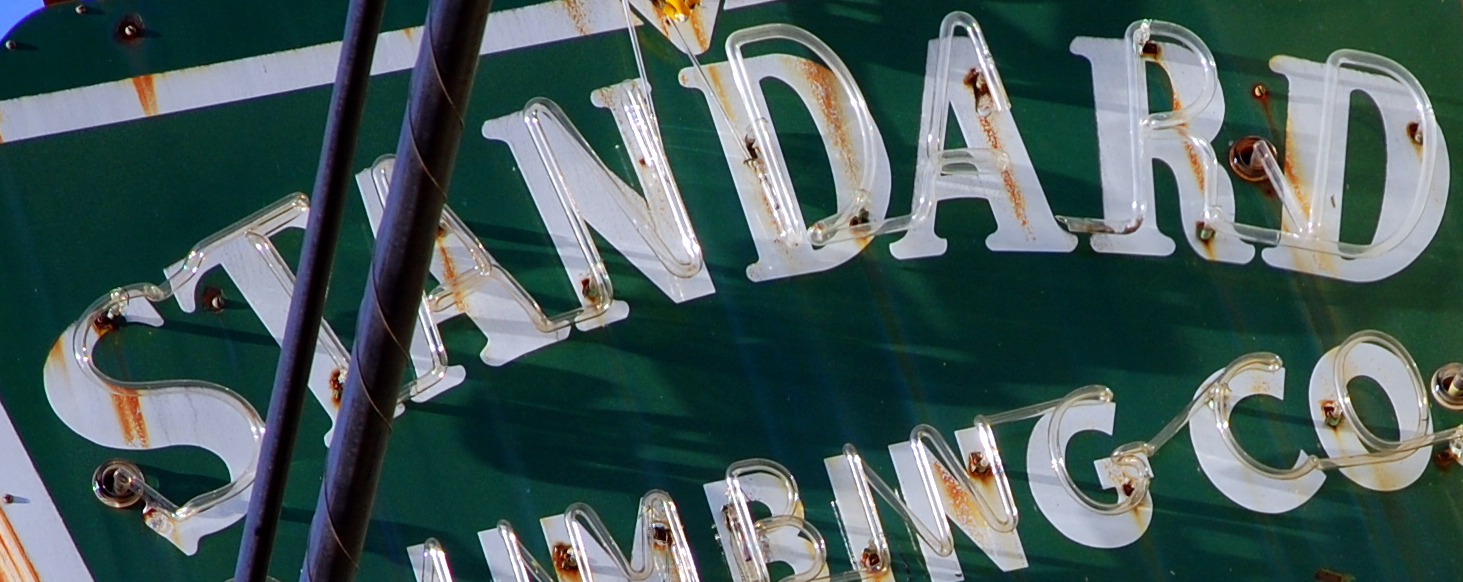
STANDARD